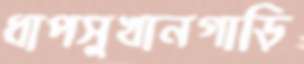
ধাপসুখানগাড়ি